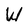
Character: W